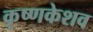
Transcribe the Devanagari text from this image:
कृष्णकेशव